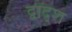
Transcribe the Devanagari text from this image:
द्वाद्श